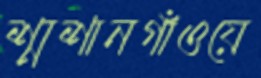
শ্মশানগাঁওয়ে